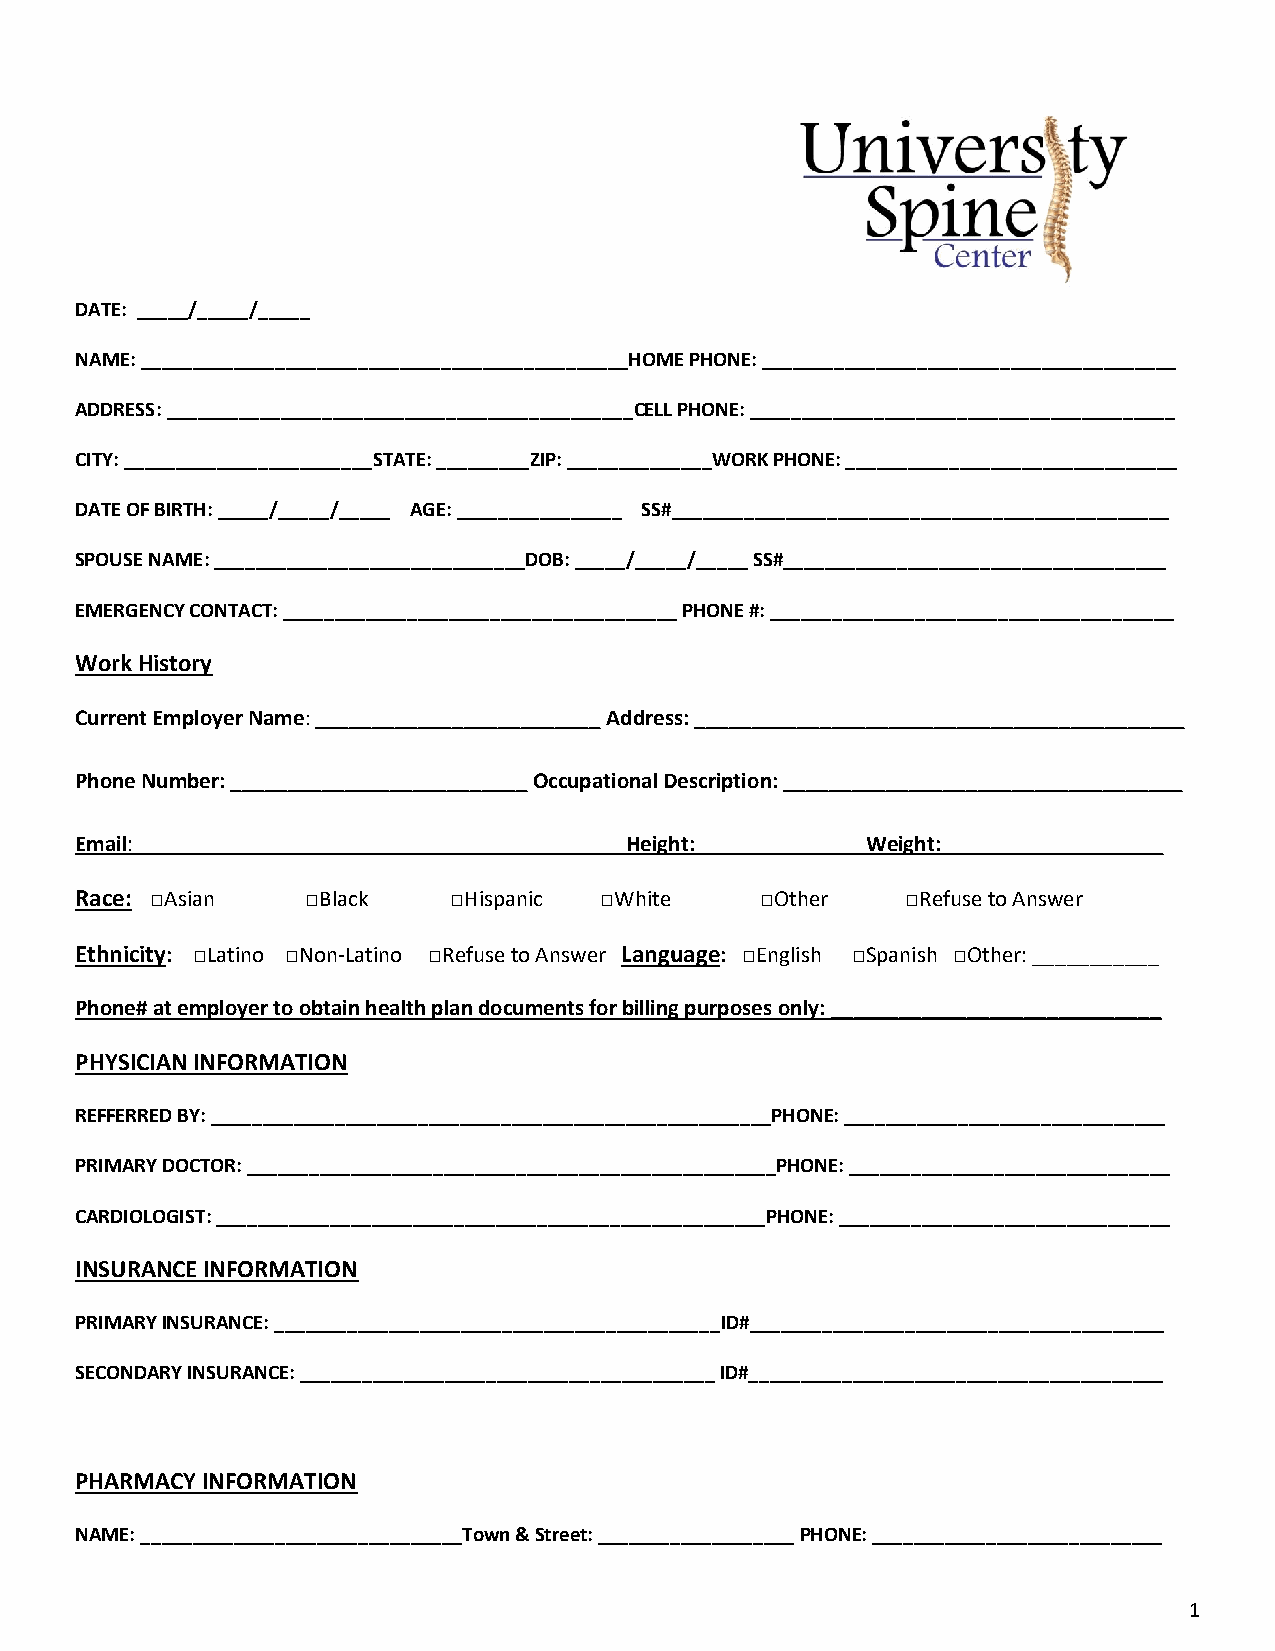
DATE: _____/_____/_____
 NAME: _______________________________________________HOME PHONE: ________________________________________
 ADDRESS: _____________________________________________CELL PHONE: _________________________________________
 CITY: ________________________STATE: _________ZIP: ______________WORK PHONE: ________________________________
 DATE OF BIRTH: _____/_____/_____ AGE: ________________ SS#________________________________________________
 SPOUSE NAME: ______________________________DOB: _____/_____/_____ SS#_____________________________________
 EMERGENCY CONTACT: ______________________________________ PHONE #: _______________________________________
 Work History
 Current Employer Name: _________________________ Address: ___________________________________________
 Phone Number: __________________________ Occupational Description: ___________________________________
 Email: ______________________________ Height: ______________Weight: ___________________
 Race: □Asian   □Black    □Hispanic □White    □Other    □Refuse to Answer
 Ethnicity: □Latino □Non-Latino □Refuse to Answer Language: □English □Spanish □Other: ___________
 Phone# at employer to obtain health plan documents for billing purposes only: _____________________________
 PHYSICIAN INFORMATION
 REFFERRED BY: ______________________________________________________PHONE: _______________________________
 PRIMARY DOCTOR: ___________________________________________________PHONE: _______________________________
 CARDIOLOGIST: _____________________________________________________PHONE: ________________________________
 INSURANCE INFORMATION
 PRIMARY INSURANCE: ___________________________________________ID#________________________________________
 SECONDARY INSURANCE: ________________________________________ ID#________________________________________
 PHARMACY INFORMATION
 NAME: _______________________________Town & Street: ___________________ PHONE: ____________________________
 1